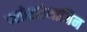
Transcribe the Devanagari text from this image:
क्लोरप्रोमाजिन